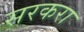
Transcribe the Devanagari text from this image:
सरकरा